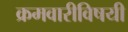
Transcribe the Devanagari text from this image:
क्रमवारीविषयी